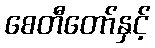
စေတီတော်နှင့်